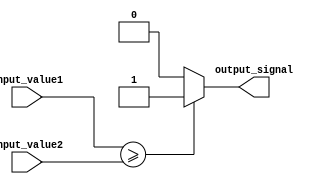
module greater_than_or_equal_to_comparator (
    input [7:0] input_value1,
    input [7:0] input_value2,
    output reg output_signal
);

always @* begin
    if (input_value1 >= input_value2) begin
        output_signal = 1;
    end else begin
        output_signal = 0;
    end
end

endmodule